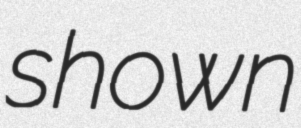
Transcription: shown